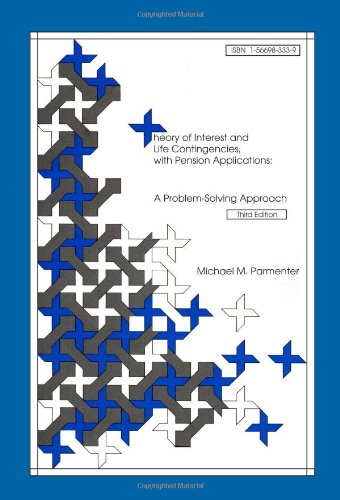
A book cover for Theory of Interest and Life Contingencies With Pension Applications: A Problem Solving Approach; Ph.D., ASA Michael M. Parmenter; Business & Money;